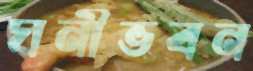
ঘনীভবন